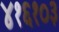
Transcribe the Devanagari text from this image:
४१६१०३